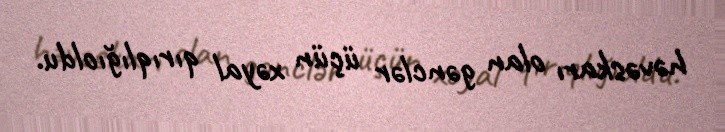
həvəskarı olan gənclər üçün xəyal qırıqlığıoldu.